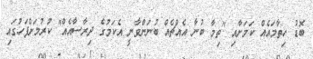
ބޮޑު ހިތާމައެއް ކަމަށާއި "ތިމާ ބުނާ އެއްޗެއް ބުނަންވާނީ އެކަމުގެ ދިރާސާއެއް" ކުރުމަށްފަހުގައި